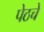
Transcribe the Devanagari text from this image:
पेठचे